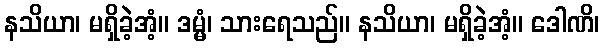
နသိယာ၊ မရှိခဲ့အံ့။ ဒမ္မံ၊ သားရေသည်။ နသိယာ၊ မရှိခဲ့အံ့။ ဒေါဏိ၊